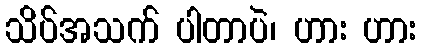
သိပ်အသက် ပါတာပဲ၊ ဟား ဟား